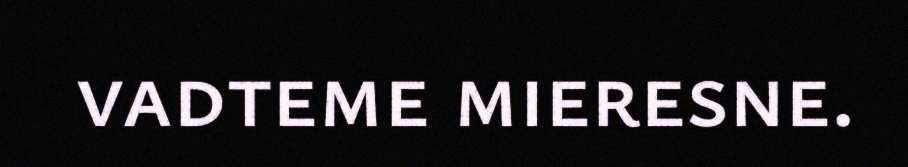
vadteme mieresne.